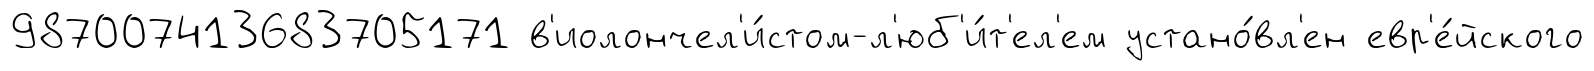
987007413683705171 в'иолончел'и́стом-л'юб'и́т'ел'ем устано́вл'ен евр'е́йского